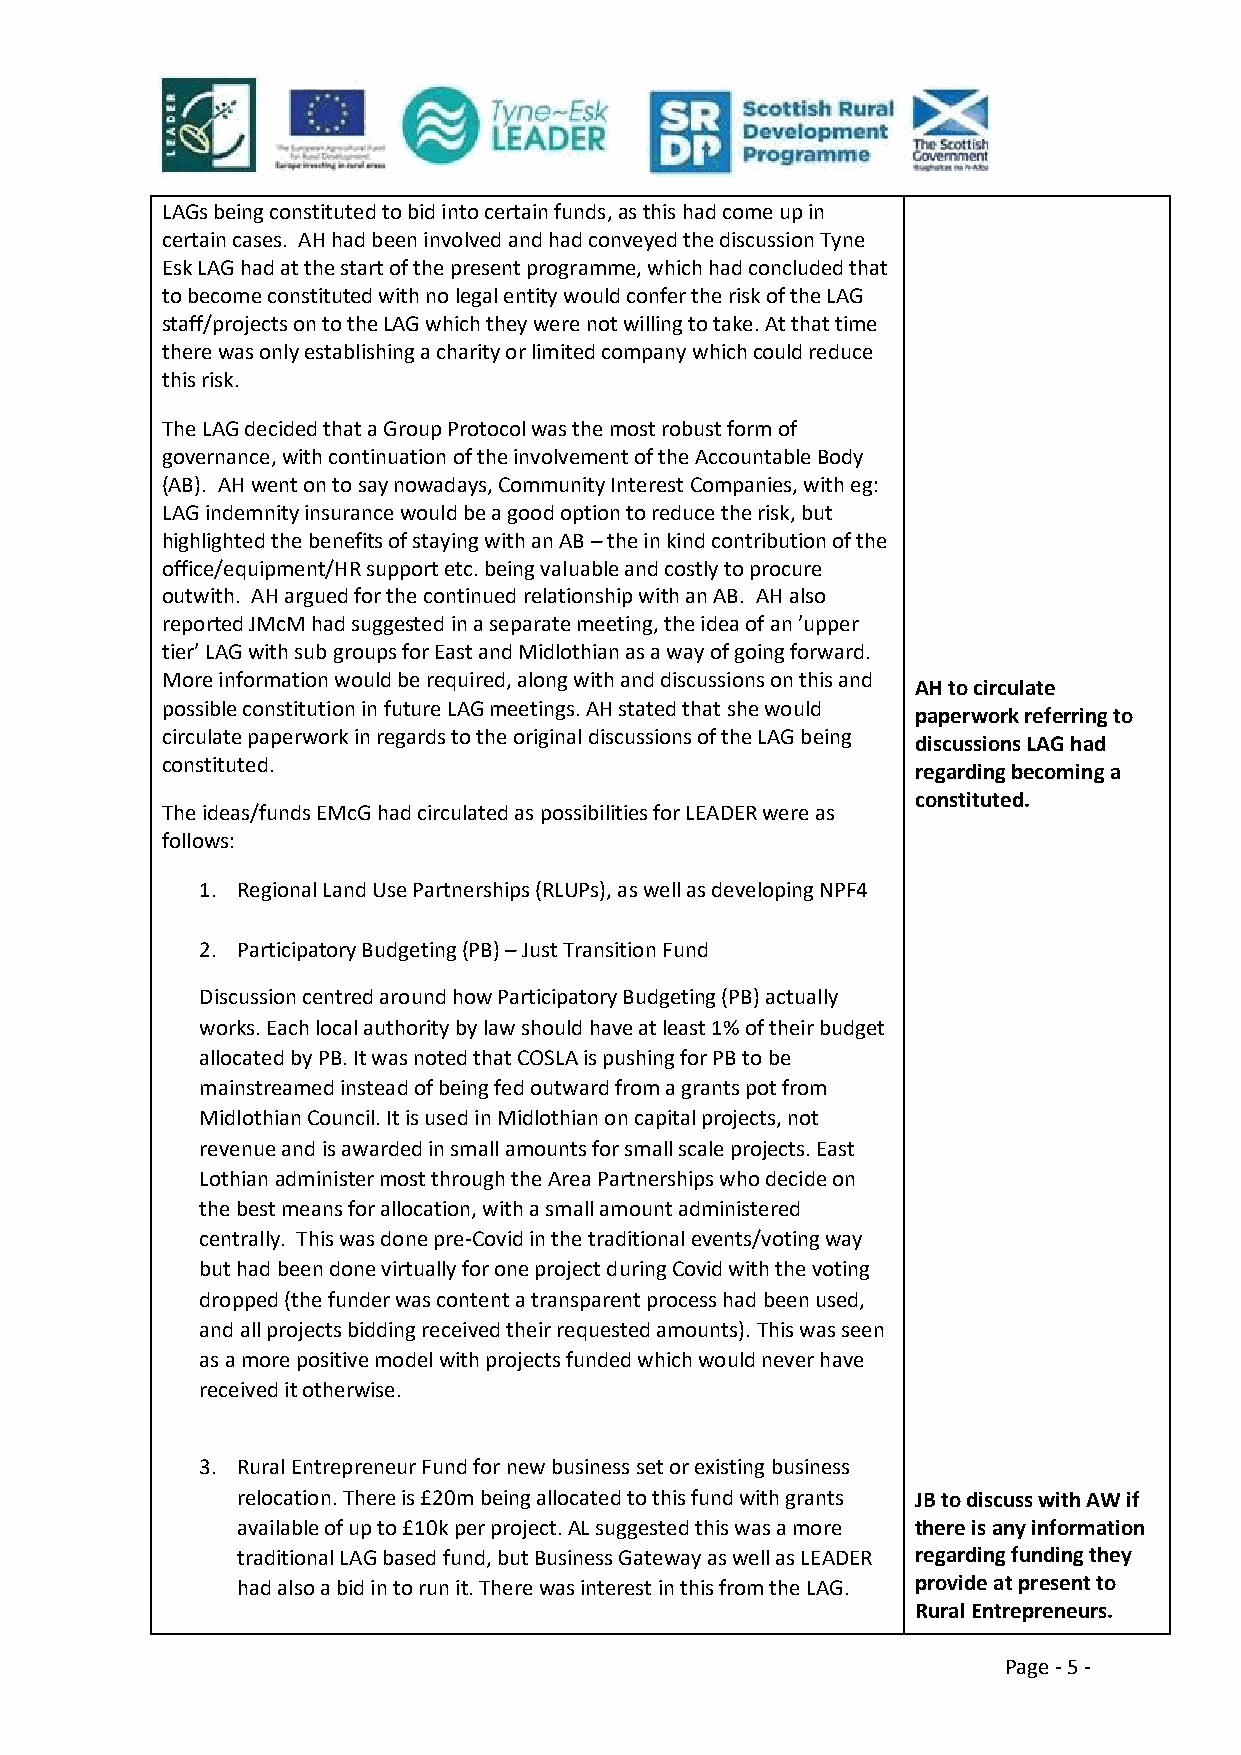
LAGs being constituted to bid into certain funds, as this had come up in
 certain cases. AH had been involved and had conveyed the discussion Tyne
 Esk LAG had at the start of the present programme, which had concluded that
 to become constituted with no legal entity would confer the risk of the LAG
 staff/projects on to the LAG which they were not willing to take. At that time
 there was only establishing a charity or limited company which could reduce
 this risk.
 The LAG decided that a Group Protocol was the most robust form of
 governance, with continuation of the involvement of the Accountable Body
 (AB). AH went on to say nowadays, Community Interest Companies, with eg:
 LAG indemnity insurance would be a good option to reduce the risk, but
 highlighted the benefits of staying with an AB – the in kind contribution of the
 office/equipment/HR support etc. being valuable and costly to procure
 outwith. AH argued for the continued relationship with an AB. AH also
 reported JMcM had suggested in a separate meeting, the idea of an ’upper
 tier’ LAG with sub groups for East and Midlothian as a way of going forward.
 More information would be required, along with and discussions on this and
 AH to circulate
 possible constitution in future LAG meetings. AH stated that she would
 paperwork referring to
 circulate paperwork in regards to the original discussions of the LAG being
 discussions LAG had
 constituted.
 regarding becoming a
 constituted.
 The ideas/funds EMcG had circulated as possibilities for LEADER were as
 follows:
 1. Regional Land Use Partnerships (RLUPs), as well as developing NPF4
 2. Participatory Budgeting (PB) – Just Transition Fund
 Discussion centred around how Participatory Budgeting (PB) actually
 works. Each local authority by law should have at least 1% of their budget
 allocated by PB. It was noted that COSLA is pushing for PB to be
 mainstreamed instead of being fed outward from a grants pot from
 Midlothian Council. It is used in Midlothian on capital projects, not
 revenue and is awarded in small amounts for small scale projects. East
 Lothian administer most through the Area Partnerships who decide on
 the best means for allocation, with a small amount administered
 centrally. This was done pre-Covid in the traditional events/voting way
 but had been done virtually for one project during Covid with the voting
 dropped (the funder was content a transparent process had been used,
 and all projects bidding received their requested amounts). This was seen
 as a more positive model with projects funded which would never have
 received it otherwise.
 3. Rural Entrepreneur Fund for new business set or existing business
 relocation. There is £20m being allocated to this fund with grants JB to discuss with AW if
 available of up to £10k per project. AL suggested this was a more there is any information
 traditional LAG based fund, but Business Gateway as well as LEADER regarding funding they
 had also a bid in to run it. There was interest in this from the LAG. provide at present to
 Rural Entrepreneurs.
 Page - 5 -